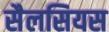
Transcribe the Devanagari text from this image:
सैलसियस